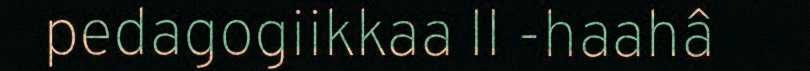
pedagogiikkaa II -haahâ